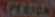
SPLATONG